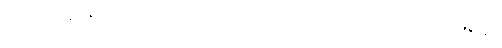
ဇရာဝါတေန၊ ဇရာတည်း ဟူသော လေဖြင့်။ ပဟတကာလေ၊ တိုက်ခတ်သော အခါ၌။